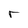
Character: r